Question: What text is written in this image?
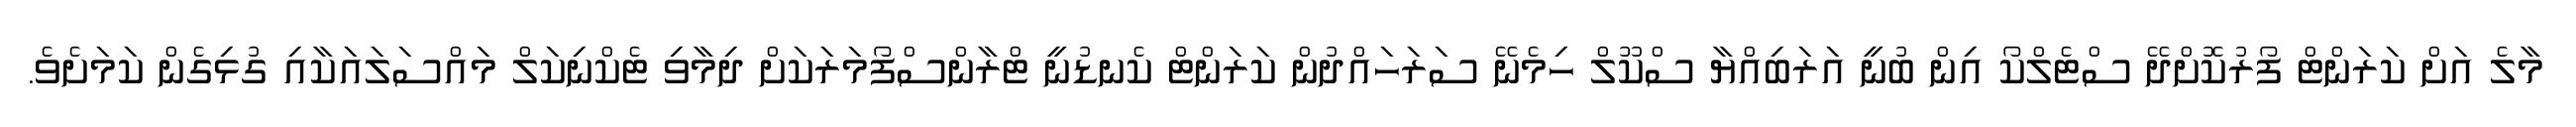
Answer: މާލެ އަށް ކަރަންޓް ފޯރުކޮށްދޭ ސްޓެލްކޯ އިން ބުނީ އަރަބިއްޔާ ސްކޫލް ހިމެނޭ ސަރަހައްދުން ކަރަންޓް ކެނޑުނީ ޓްރާންސްފޯމަރަކަށް ދިމާވި ޓެކްނިކަލް މައްސަލައަކާއި ގުޅިގެން ކަމަށެވެ.